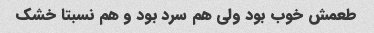
طعمش خوب بود ولی هم سرد بود و هم نسبتا خشک